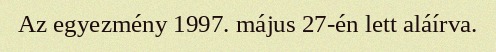
Az egyezmény 1997. május 27-én lett aláírva.